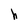
Character: h